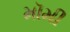
મૉમી